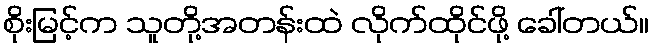
စိုးမြင့်က သူတို့အတန်းထဲ လိုက်ထိုင်ဖို့ ခေါ်တယ်။